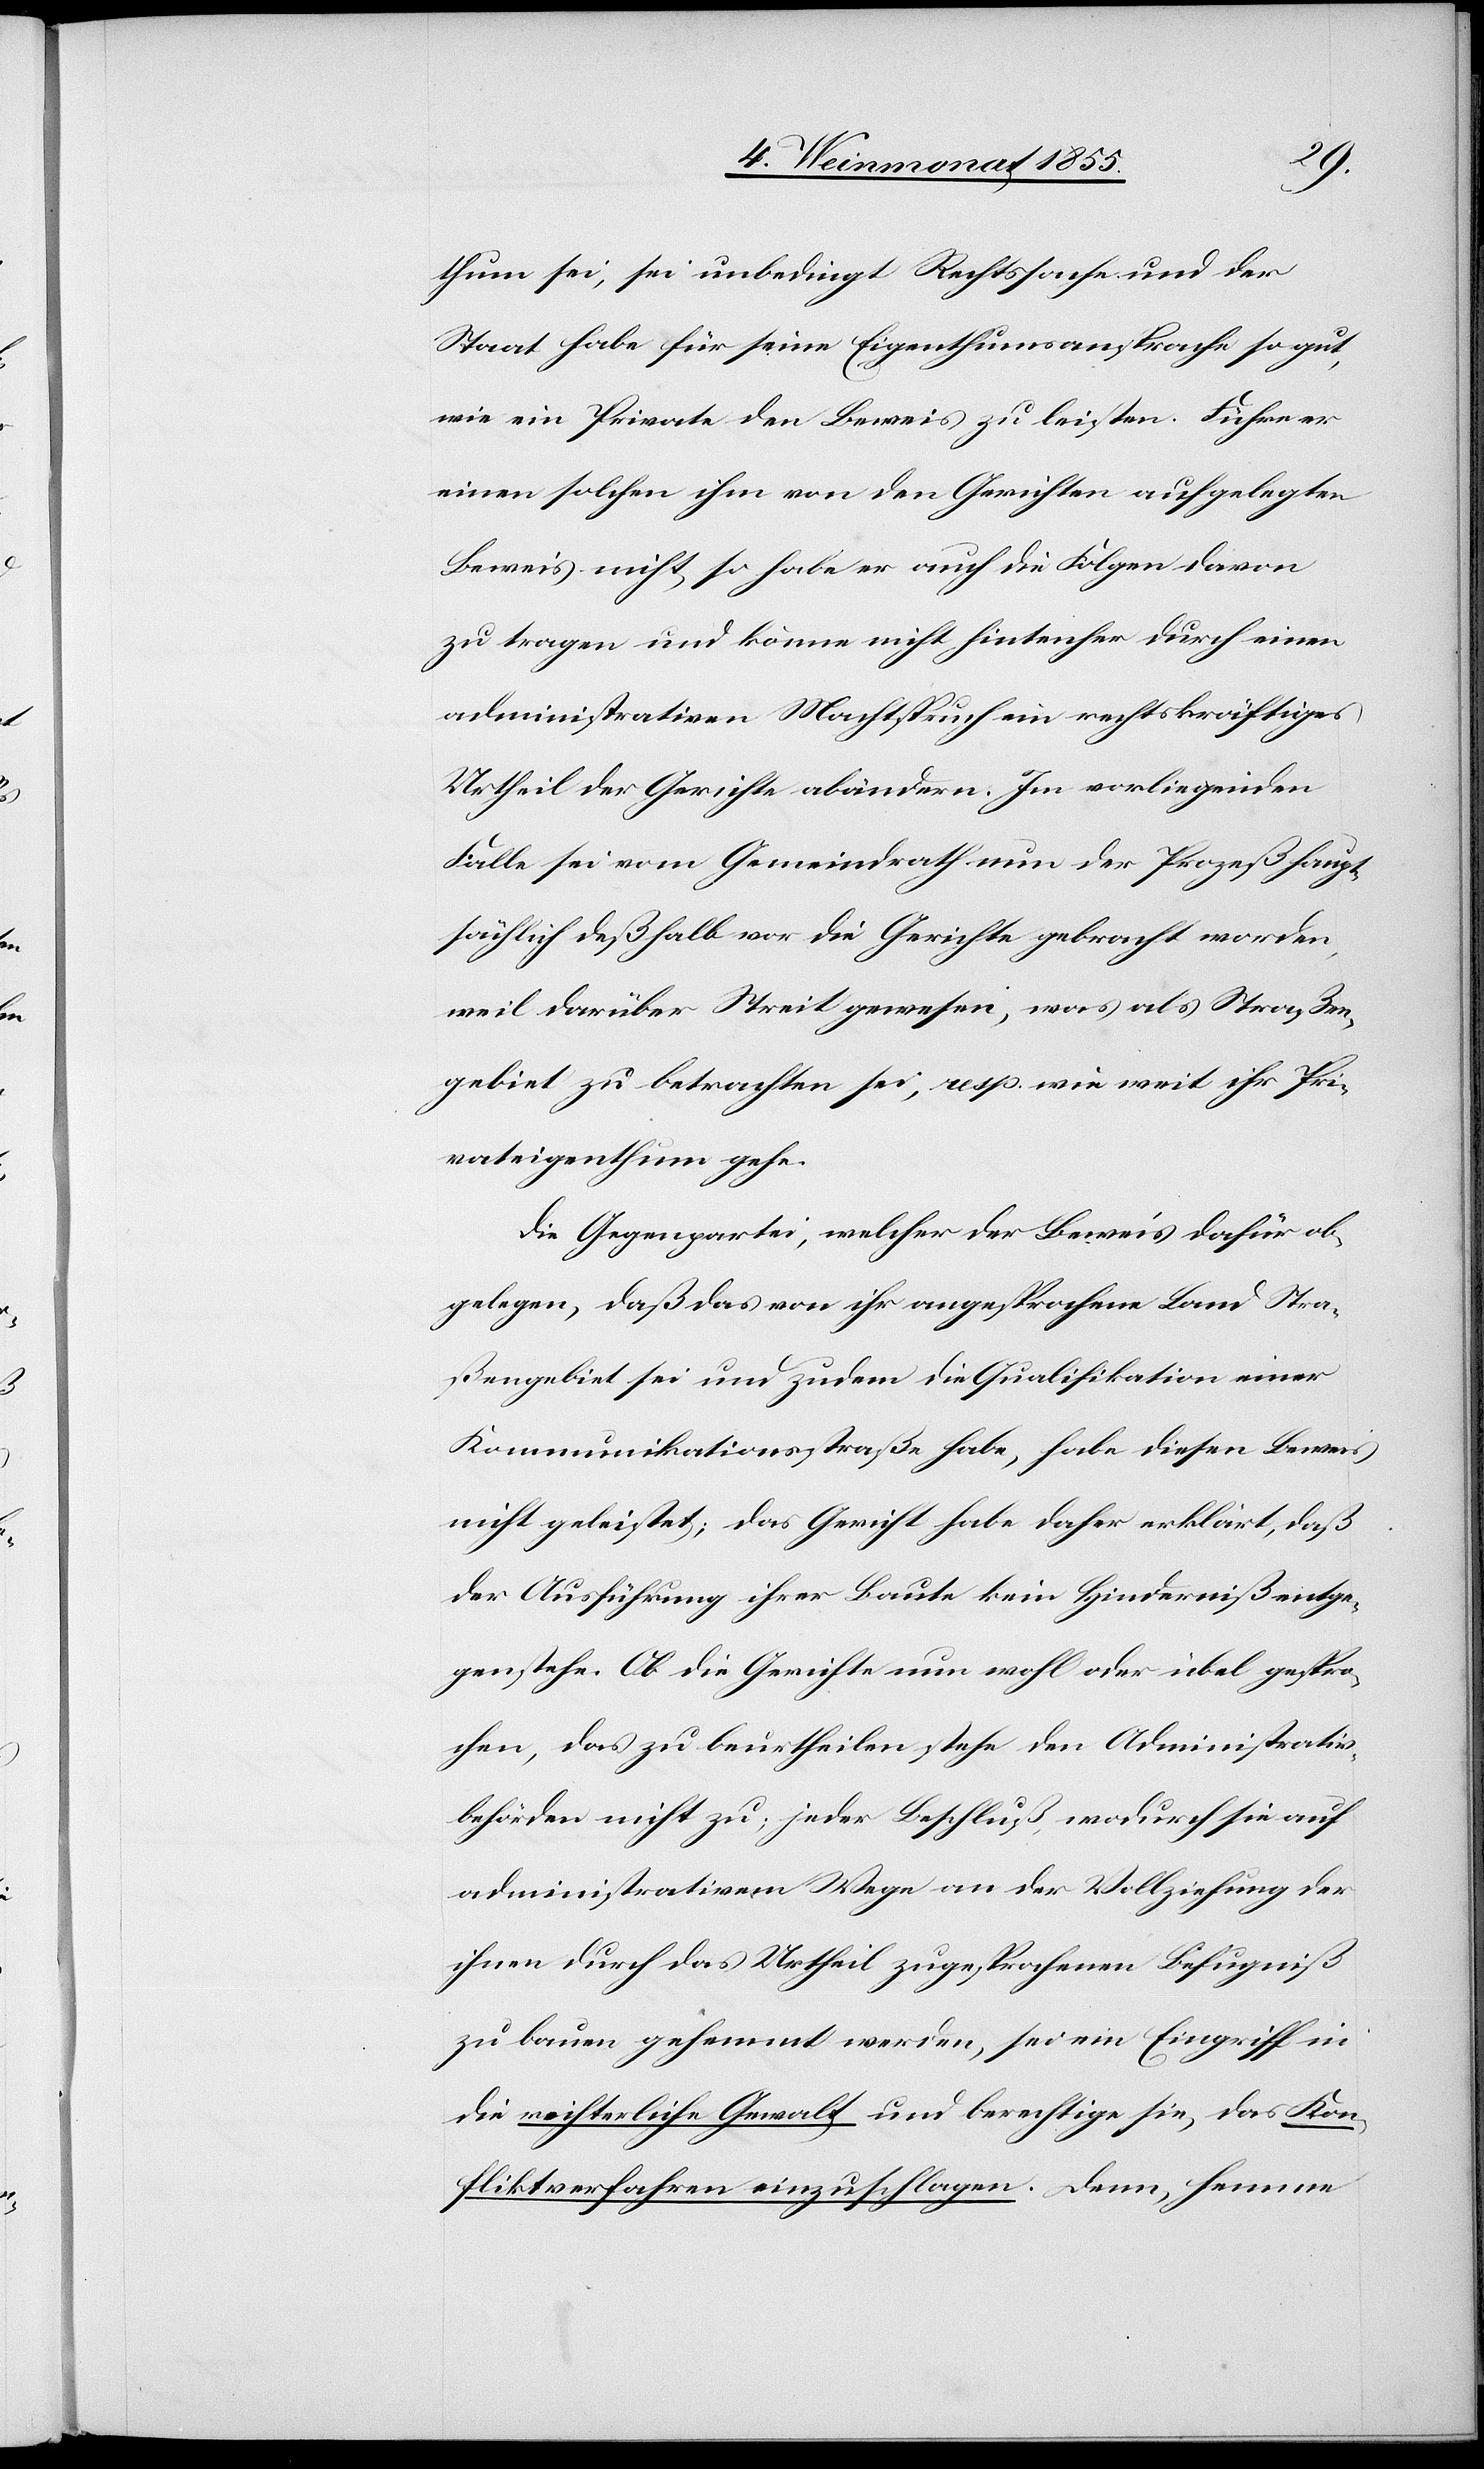
thum sei, sei unbedingt Rechtssache und der
Staat habe für seine Eigenthumsansprache so gut,
wie ein Private[r] den Beweis zu leisten. Führe er
einen solchen ihm von den Gerichten aufgelegten
Beweis nicht, so habe er auch die Folgen davon
zu tragen und könne nicht hintenher durch einen
administrativen Machtspruch ein rechtskräftiges
Urtheil der Gerichte abändern. Im vorliegenden
Falle sei vom Gemeindrath nun der Prozeß haupt¬
sächlich deßhalb vor die Gerichte gebracht worden,
weil darüber Steit gewesen, was als Straßen¬
gebiet zu betrachten sei, resp. wie weit ihr Pri¬
vateigenthum gehe.
Die Gegenpartei, welcher der Beweis dafür ob¬
gelegen, daß das von ihr angesprochene Land Stra¬
ßengebiet sei und zudem die Qualifikation einer
Kommunikationsstraße habe, habe diesen Beweis
nicht geleistet; das Gericht habe daher erklärt, daß
der Ausführung ihrer Baute kein Hinderniß entge¬
genstehe. Ob die Gerichte nun wohl oder übel gespro¬
chen, das zu beurtheilen stehe den Administrativ¬
behörden nicht zu; jeder Beschluß, wodurch sie auf
administrativem Wege an der Vollziehung der
ihnen durch das Urtheil zugesprochenen Befugniß
zu bauen gehemmt werden, sei ein Eingriff in
die richterliche Gewalt und berechtige sie, das Kon¬
fliktverfahren einzuschlagen. Denn hemme